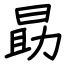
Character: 勗